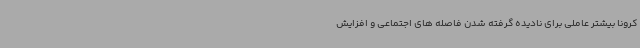
کرونا بیشتر عاملی برای نادیده گرفته شدن فاصله های اجتماعی و افزایش